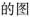
的图